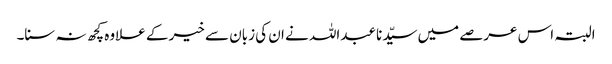
البتہ اس عرصے میں سیّدنا عبداللہ نے ان کی زبان سے خیر کے علاوہ کچھ نہ سنا۔